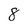
Character: 8